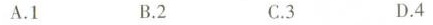
A.1 B.2 C.3 D.4